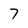
Character: 7